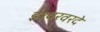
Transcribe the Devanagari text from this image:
ईश्वरवरदे